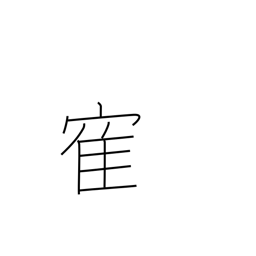
Meaning: crane (bird)